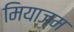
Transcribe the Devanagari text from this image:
मियाज्म